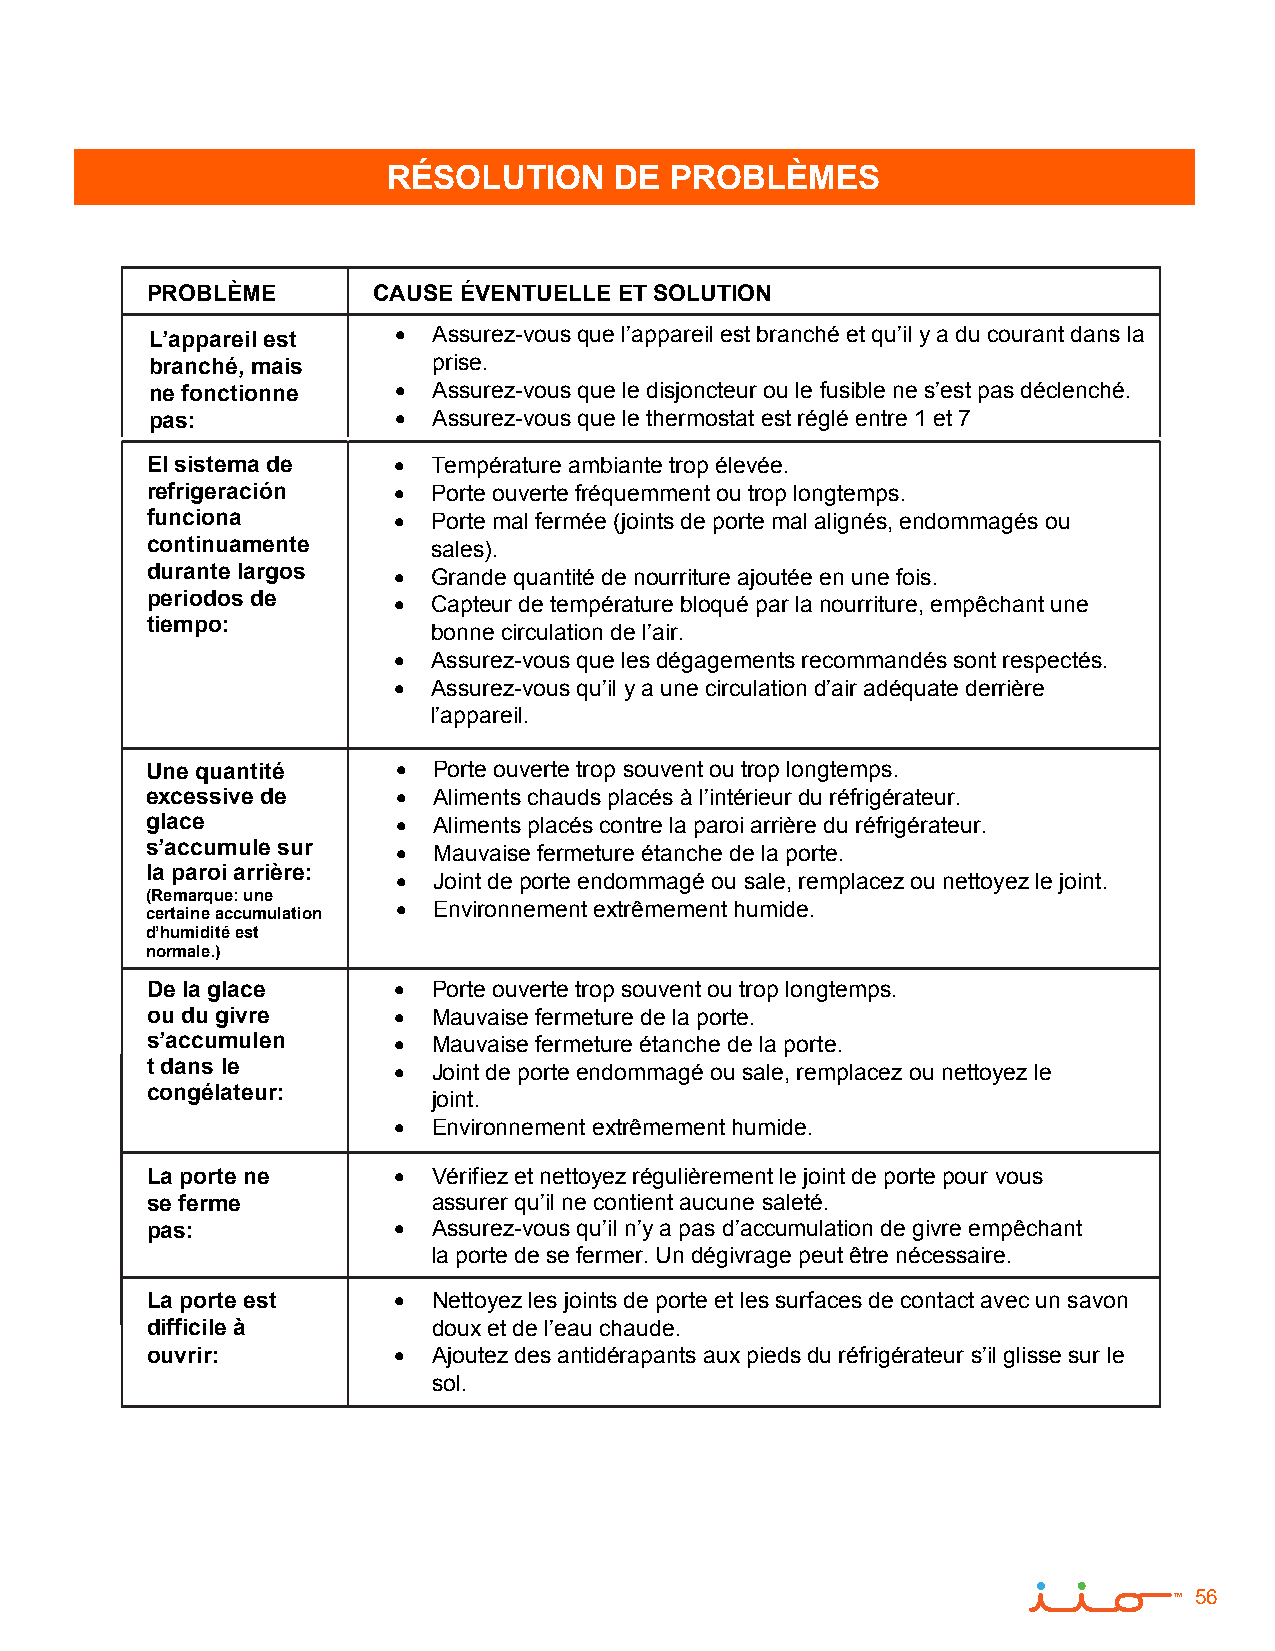
RÉSOLUTION     DE PROBLÈMES
 PROBLÈME       CAUSE ÉVENTUELLE ET SOLUTION
 L’appareil est    Assurez-vous que l’appareil est branché et qu’il y a du courant dans la
 branché, mais      prise.
 ne fonctionne     Assurez-vous que le disjoncteur ou le fusible ne s’est pas déclenché.
 pas:              Assurez-vous que le thermostat est réglé entre 1 et 7
 El sistema de     Température ambiante trop élevée.
 refrigeración     Porte ouverte fréquemment ou trop longtemps.
 funciona          Porte mal fermée (joints de porte mal alignés, endommagés ou
 continuamente      sales).
 durante largos    Grande quantité de nourriture ajoutée en une fois.
 periodos de       Capteur de température bloqué par la nourriture, empêchant une
 tiempo:
 bonne circulation de l’air.
   Assurez-vous que les dégagements recommandés sont respectés.
   Assurez-vous qu’il y a une circulation d’air adéquate derrière
 l’appareil.
 Une quantité      Porte ouverte trop souvent ou trop longtemps.
 excessive de      Aliments chauds placés à l’intérieur du réfrigérateur.
 glace             Aliments placés contre la paroi arrière du réfrigérateur.
 s’accumule sur    Mauvaise fermeture étanche de la porte.
 la paroi arrière:  Joint de porte endommagé ou sale, remplacez ou nettoyez le joint.
 (Remarque: une
   Environnement extrêmement humide.
 certaine accumulation
 d’humidité est
 normale.)
 De la glace       Porte ouverte trop souvent ou trop longtemps.
 ou du givre       Mauvaise fermeture de la porte.
 s’accumulen       Mauvaise fermeture étanche de la porte.
 t dans le         Joint de porte endommagé ou sale, remplacez ou nettoyez le
 congélateur:       joint.
   Environnement extrêmement humide.
 La porte ne       Vérifiez et nettoyez régulièrement le joint de porte pour vous
 se ferme           assurer qu’il ne contient aucune saleté.
 pas:              Assurez-vous qu’il n’y a pas d’accumulation de givre empêchant
 la porte de se fermer. Un dégivrage peut être nécessaire.
 La porte est      Nettoyez les joints de porte et les surfaces de contact avec un savon
 difficile à        doux et de l’eau chaude.
 ouvrir:           Ajoutez des antidérapants aux pieds du réfrigérateur s’il glisse sur le
 sol.
 56